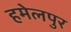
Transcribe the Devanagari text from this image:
हमेलपुर